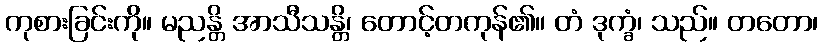
ကုစားခြင်းကို။ မညန္တိ အာသီသန္တိ၊ တောင့်တကုန်၏။ တံ ဒုက္ခံ၊ သည်။ တတော၊